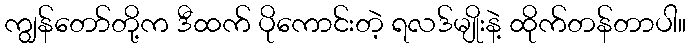
ကျွန်တော်တို့က ဒီထက် ပိုကောင်းတဲ့ ရလဒ်မျိုးနဲ့ ထိုက်တန်တာပါ။